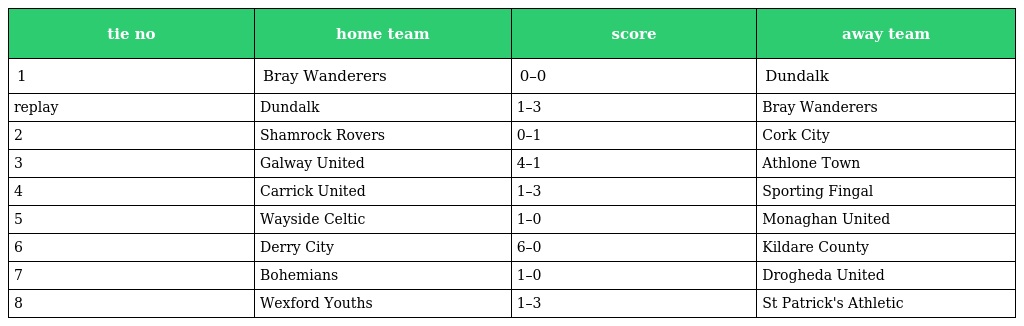
| tie no | home team | score | away team |
 | --- | --- | --- | --- |
 | 1 | Bray Wanderers | 0–0 | Dundalk |
 | replay | Dundalk | 1–3 | Bray Wanderers |
 | 2 | Shamrock Rovers | 0–1 | Cork City |
 | 3 | Galway United | 4–1 | Athlone Town |
 | 4 | Carrick United | 1–3 | Sporting Fingal |
 | 5 | Wayside Celtic | 1–0 | Monaghan United |
 | 6 | Derry City | 6–0 | Kildare County |
 | 7 | Bohemians | 1–0 | Drogheda United |
 | 8 | Wexford Youths | 1–3 | St Patrick's Athletic |